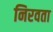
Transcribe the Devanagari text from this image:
निरवता